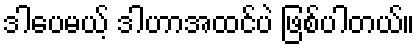
ဒါပေမယ့် ဒါဟာအထင်ပဲ ဖြစ်ပါတယ်။